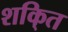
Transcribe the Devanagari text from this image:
शकि्त